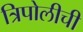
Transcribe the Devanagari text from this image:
त्रिपोलीची